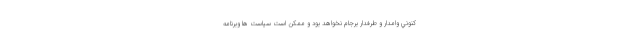
كنوني وامدار و طرفدار برجام نخواهد بود و ممكن است سياست ها وبرنامه